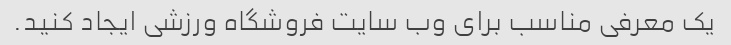
یک معرفی مناسب برای وب سایت فروشگاه ورزشی ایجاد کنید.